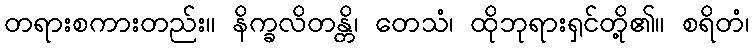
တရားစကားတည်း။ နိက္ခလိတန္တိ၊ တေသံ၊ ထိုဘုရားရှင်တို့၏။ စရိတံ၊